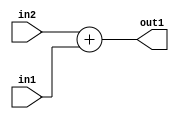
`timescale 1ps / 1ps
/*****************************************************************************
    Verilog RTL Description
    
    
    Created by: Stratus DpOpt 21.05.01 
*******************************************************************************/

module dut_Add_3Ux1U_4U_1 (
	in2,
	in1,
	out1
	); /* architecture "behavioural" */ 
input [2:0] in2;
input  in1;
output [3:0] out1;
wire [3:0] asc001;

assign asc001 = 
	+(in2)
	+(in1);

assign out1 = asc001;
endmodule

/* CADENCE  urj4SQ8= : u9/ySxbfrwZIxEzHVQQV8Q== ** DO NOT EDIT THIS LINE ******/